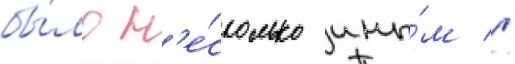
бы́ло н'е́сколько ины́м //